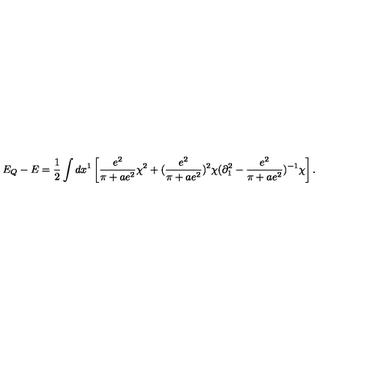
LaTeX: E _ { Q } - E = { \frac { 1 } { 2 } } \int d x ^ { 1 } \left[ { \frac { e ^ { 2 } } { \pi + a e ^ { 2 } } } \chi ^ { 2 } + ( { \frac { e ^ { 2 } } { \pi + a e ^ { 2 } } } ) ^ { 2 } \chi ( \partial _ { 1 } ^ { 2 } - { \frac { e ^ { 2 } } { \pi + a e ^ { 2 } } } ) ^ { - 1 } \chi \right] .